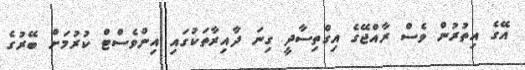
އޭގެ އިތުރުން ވެސް ރާއްޖޭގެ އިގްތިސާދީ ގިނަ ދާއިރާތަކުގައި އިންވެސްޓް ކުރުމަށް ބޭރުގެ